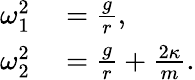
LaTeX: \begin{array}{rl}{\omega_{1}^{2}}&{{}=\frac{g}{r},}\\ {\omega_{2}^{2}}&{{}=\frac{g}{r}+\frac{2\kappa}{m}.}\end{array}